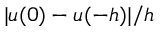
| \boldsymbol { u } ( 0 ) - \boldsymbol { u } ( - h ) | / h